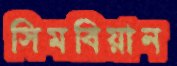
সিমবিয়ান